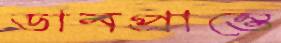
ডানপ্রান্তে